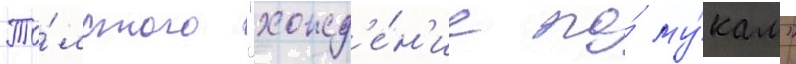
То́лстого "хожд'е́н'ие по́ му́кам"